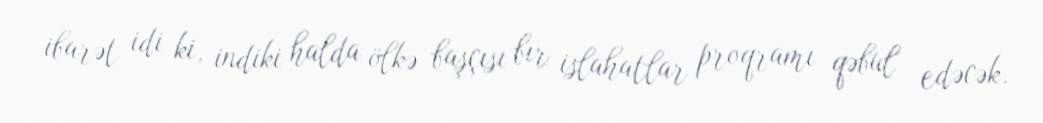
ibarət idi ki, indiki halda ölkə başçısı bir islahatlar proqramı qəbul edəcək.